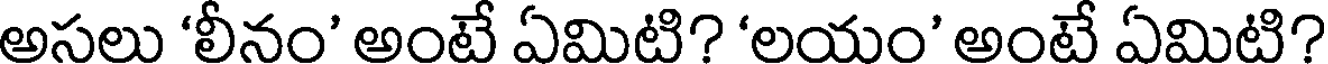
అసలు 'లీనం' అంటే ఏమిటి? 'లయం' అంటే ఏమిటి?